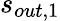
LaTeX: s_{out,1}